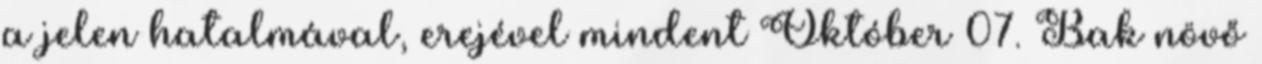
a jelen hatalmával, erejével mindent Október 07. Bak növő